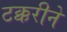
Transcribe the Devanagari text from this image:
टक्करीने